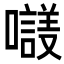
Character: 𡃛